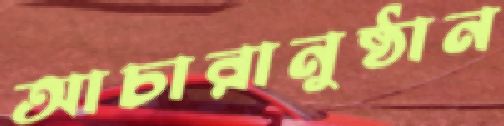
আচারানুষ্ঠান